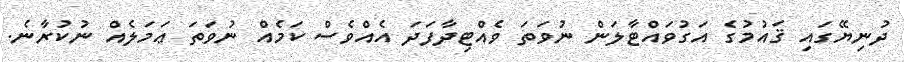
ދުނިޔޭގައި ޤައުމުގެ އަގުވައްޓާލަން ނުވަތަ ވެއްޓިދާފަދަ އެއްވެސް ކަމެއް ނުވަތަ ޢަމަލެއް ނުކުރާނެ.